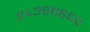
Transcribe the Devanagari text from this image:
२४३८८८५०